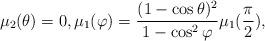
LaTeX: \begin{align*} \mu_{2}(\theta)=0,\mu_{1}(\varphi)=\frac{(1-\cos\theta)^{2}}{1-\cos^{2}\varphi}\mu_{1}(\frac{\pi}{2}),\end{align*}